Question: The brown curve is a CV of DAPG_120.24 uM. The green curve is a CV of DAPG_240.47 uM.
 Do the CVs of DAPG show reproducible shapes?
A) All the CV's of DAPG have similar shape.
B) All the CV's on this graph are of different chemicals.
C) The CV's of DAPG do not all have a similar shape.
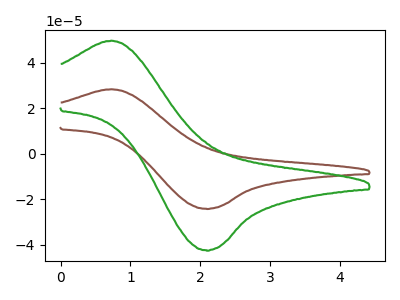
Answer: <think>The brown curve "DAPG_120.24 uM" has an anodic peak at (0.75V, 28.30uA) and a cathodic peak at (2.10V, -24.15uA). The green curve "DAPG_240.47 uM" has an anodic peak at (0.75V, 49.60uA) and a cathodic peak at (2.10V, -42.35uA).
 All the peaks in "DAPG_120.24 uM" have a peak in "DAPG_240.47 uM" at the same potential. Every peak in "DAPG_120.24 uM" is lower than every peak in "DAPG_240.47 uM".</think>
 <answer>A) All the CV's of "DAPG" have similar shape.</answer>
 <eval>A</eval>